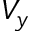
V _ { y }